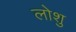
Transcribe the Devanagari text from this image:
लोशु